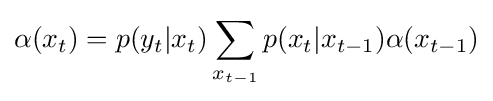
\alpha (x_{t})=p(y_{t}|x_{t})\sum _{x_{t-1}}p(x_{t}|x_{t-1})\alpha (x_{t-1})